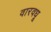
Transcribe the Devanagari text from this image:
वारवधू